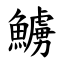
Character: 䲐